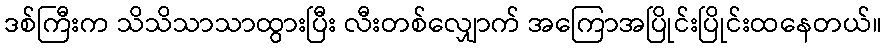
ဒစ်ကြီးက သိသိသာသာထွားပြီး လီးတစ်လျှောက် အကြောအပြိုင်းပြိုင်းထနေတယ်။